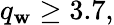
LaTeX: q_{\mathbf{w}}\ge3.7,